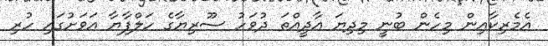
އެމެރިކާއިން މިހެން ބުނީ މިދިޔަ އާދީއްތަ ދުވަހު ސޫރިޔާގެ ހަލްފާޔާ އަވަށުގައި ހުރި